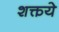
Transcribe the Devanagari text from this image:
शक्तये